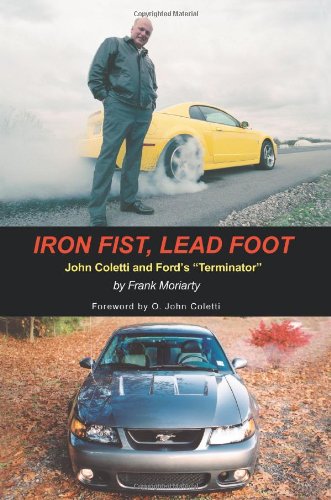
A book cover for Iron Fist, Lead Foot: John Coletti and Ford's "Terminator"; Frank Moriarty; Engineering & Transportation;